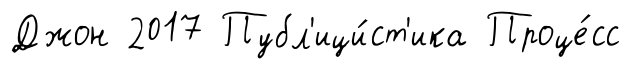
Джон 2017 Публ'ици́ст'ика Проце́сс